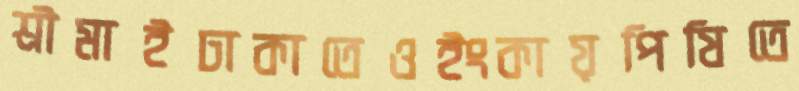
শ্রীমাইঢাকাতেওইংকায়পিষিতে